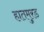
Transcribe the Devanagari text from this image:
हातमुरड